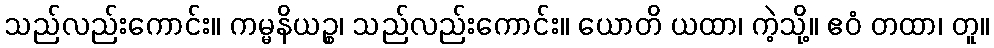
သည်လည်းကောင်း။ ကမ္မနိယဉ္စ၊ သည်လည်းကောင်း။ ယောတိ ယထာ၊ ကဲ့သို့။ ဧဝံ တထာ၊ တူ။